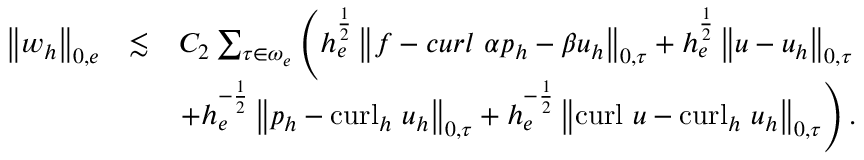
\begin{array} { r l r } { \left\| \boldsymbol { w } _ { h } \right\| _ { 0 , e } } & { \lesssim } & { C _ { 2 } \sum _ { \tau \in \omega _ { e } } \left( h _ { e } ^ { \frac { 1 } { 2 } } \left\| \boldsymbol { f } - \boldsymbol { c u r l } ~ \alpha p _ { h } - \beta \boldsymbol { u } _ { h } \right\| _ { 0 , \tau } + h _ { e } ^ { \frac { 1 } { 2 } } \left\| \boldsymbol { u } - \boldsymbol { u } _ { h } \right\| _ { 0 , \tau } \right. } \\ & { } & { \left. + h _ { e } ^ { - \frac { 1 } { 2 } } \left\| p _ { h } - \mathrm { c u r l } _ { h } ~ \boldsymbol { u } _ { h } \right\| _ { 0 , \tau } + h _ { e } ^ { - \frac { 1 } { 2 } } \left\| \mathrm { c u r l } ~ \boldsymbol { u } - \mathrm { c u r l } _ { h } ~ \boldsymbol { u } _ { h } \right\| _ { 0 , \tau } \right) . } \end{array}